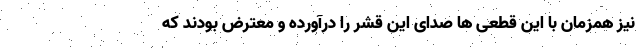
نیز همزمان با این قطعی ها صدای این قشر را درآورده و معترض بودند که